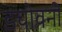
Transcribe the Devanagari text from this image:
डचोवनी